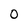
Character: O